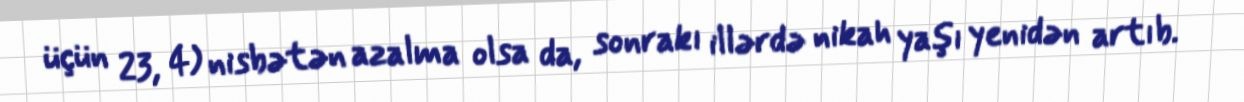
üçün 23, 4) nisbətən azalma olsa da, sonrakı illərdə nikah yaşı yenidən artıb.